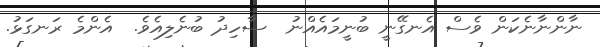
ނާންނާނެކަން ވެސް އެނގޭނީ ބުނީމައެއްނު  ސާހިދު ބުނެލިއެވެ.  އެންމެ ރަނގަޅު.